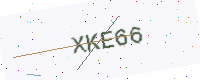
Text: XKE66